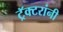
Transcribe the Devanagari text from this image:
ट्रॅक्टरांनी